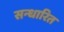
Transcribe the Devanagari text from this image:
सन्धारित